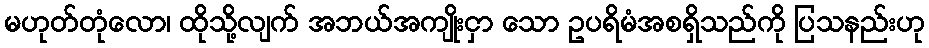
မဟုတ်တုံလော၊ ထိုသို့လျက် အဘယ်အကျိုးငှာ သော ဥပရိမံအစရှိသည်ကို ပြသနည်းဟု